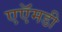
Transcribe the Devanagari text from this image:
एऍमडी